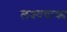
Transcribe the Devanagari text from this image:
लक्ष्यवाक्य